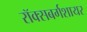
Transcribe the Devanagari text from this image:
रॉक्सबर्गशायर